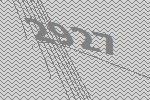
2927